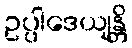
ဥပ္ပါဒေယျန္တိ